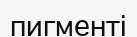
пигменті